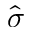
\hat { \sigma }